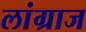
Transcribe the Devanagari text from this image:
लांग्राज